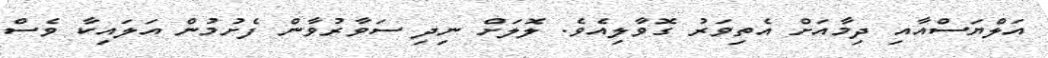
އަލްޔަސްއާއި ދިމާއަށް އެތިވަރު ގޮވާލިއެވެ. ލޮލަށް ނިދި ސަވާރުވާން ފެށުމުން އަލައިކާ ވެސް